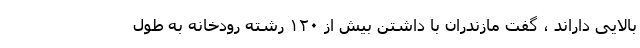
بالایی داراند ، گفت مازندران با داشتن بیش از ۱۲۰ رشته رودخانه به طول